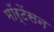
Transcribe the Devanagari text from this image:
मॉर्टेंसन